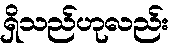
ရှိသည်ဟုလည်း